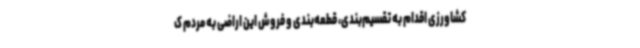
کشاورزی اقدام به تقسیم‌بندی، قطعه‌بندی و فروش این اراضی به مردم ک